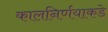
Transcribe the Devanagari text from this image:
कालनिर्णयाकडे